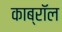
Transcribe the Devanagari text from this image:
काब्रॉल